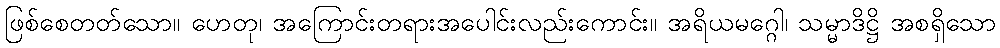
ဖြစ်စေတတ်သော။ ဟေတု၊ အကြောင်းတရားအပေါင်းလည်းကောင်း။ အရိယမဂ္ဂေါ၊ သမ္မာဒိဋ္ဌိ အစရှိသော